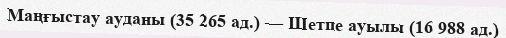
Маңғыстау ауданы (35 265 ад.) — Шетпе ауылы (16 988 ад.)